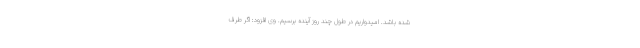
شده باشد. امیدواریم در طول چند روز آینده برسیم. وی افزود: اگر طرف